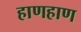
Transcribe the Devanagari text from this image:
हाणहाण